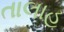
તાલાહ